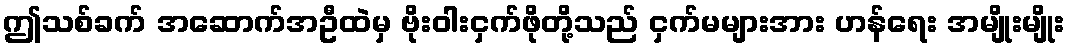
ဤသစ်ခက် အဆောက်အဦထဲမှ ဗိုးဝါးငှက်ဖိုတို့သည် ငှက်မများအား ဟန်ရေး အမျိုးမျိုး